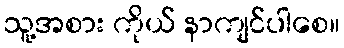
သူ့အစား ကိုယ် နာကျင်ပါစေ။